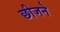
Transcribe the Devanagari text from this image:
छीजने